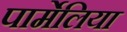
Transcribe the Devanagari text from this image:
पार्मेलिया